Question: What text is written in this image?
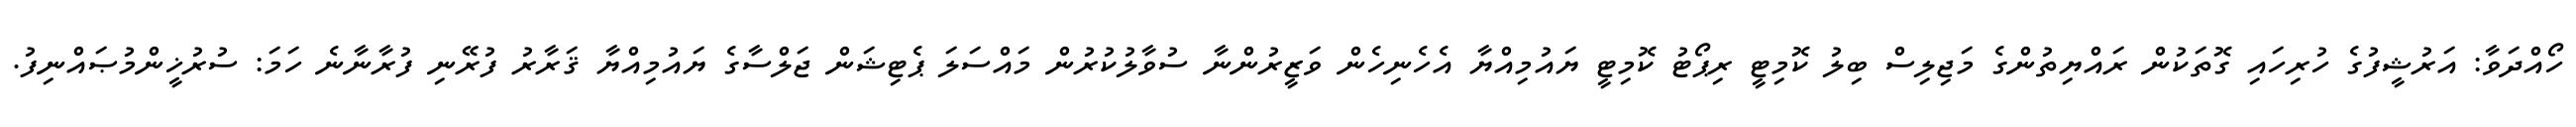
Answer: ހޯއްދަވާ: އަރުޝީފުގެ ހުރިހައި ގޮތަކުން ރައްޔިތުންގެ މަޖިލިސް ބިލު ކޮމިޓީ ރިޕޯޓު ކޮމިޓީ ޔައުމިއްޔާ އެހެނިހެން ވަޒީރުންނާ ސުވާލުކުރުން މައްސަލަ ޕެޓިޝަން ޖަލްސާގެ ޔައުމިއްޔާ ޤަރާރު ފުރޭނި ފުރާނާނެ ހަމަ: ސުރުޚީންމުޞައްނިފު.